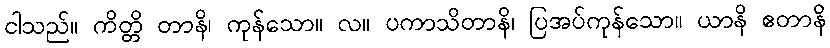
ငါသည်။ ကိတ္တိ တာနိ၊ ကုန်သော။ လ။ ပကာသိတာနိ၊ ပြအပ်ကုန်သော။ ယာနိ ဧတာနိ